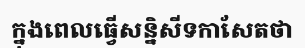
ក្នុងពេលធ្វើសន្និសីទកាសែតថា